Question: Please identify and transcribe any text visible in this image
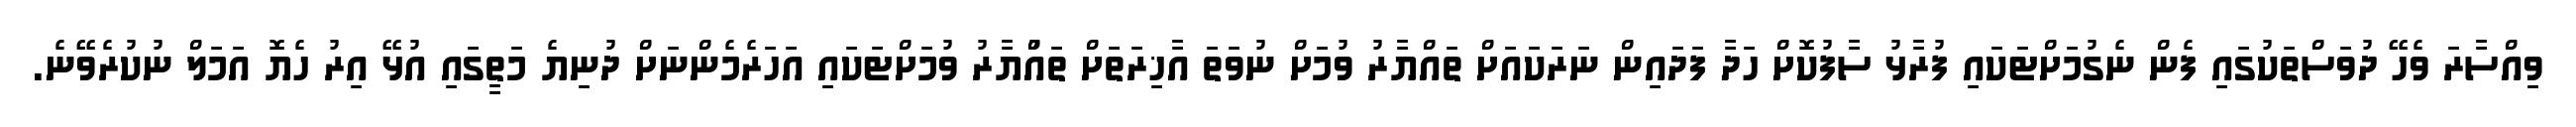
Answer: ވިއްސާރަ ވެހޭ ދުވަސްތަކުގައި ފެން ނެގުމަށްޓަކައި ފުރާޅު ސާފުކޮށް ހަދާ ފަދައިން ނަރަކައަށް ތައްޔާރު ވުމަށް ނުވަތަ އާޚިރަތަށް ތައްުޔާރު ވުމަށްޓަކައި އަހަރެމެންނަށް ދުނިޔެ މަތީގައި އުޅޭ އިރު ހެޔޮ އަމަލް ނުކުރެވޭނެ.